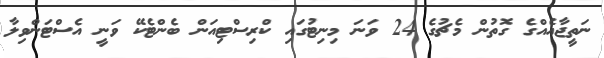
ނަތީޖާއެއްގެ ގޮތުން މެޗުގެ 24 ވަނަ މިނިޓުގައި ކްރިސްޓިއަން ބެންޓެކޭ ވަނީ އެސްޓަންވިލާ